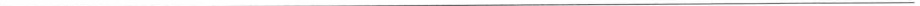
___